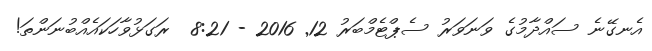
އެނގޭނެ ސައްދާމުގެ ވަނަވަރު ސެޕްޓެމްބަރު 12